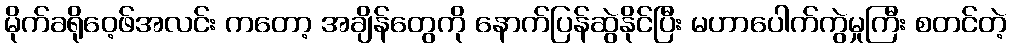
မိုက်ခရိုဝေ့ဖ်အလင်း ကတော့ အချိန်တွေကို နောက်ပြန်ဆွဲနိုင်ပြီး မဟာပေါက်ကွဲမှုကြီး စတင်တဲ့